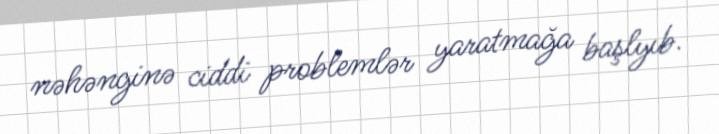
nəhənginə ciddi problemlər yaratmağa başlyıb.